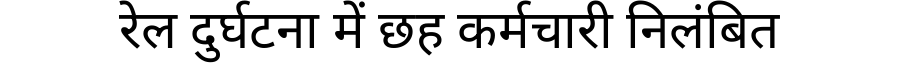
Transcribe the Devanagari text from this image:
रेल दुर्घटना में छह कर्मचारी निलंबित